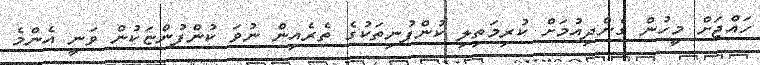
ހައްޖަށް މީހުން ގެންދިއުމަށް ކުރިމަތިލި ކުންފުނިތަކުގެ ތެރެއިން ނުވަ ކުންފުންޏަކުން ވަނީ އެންމެ